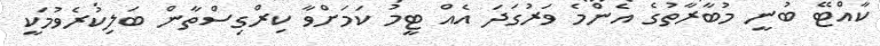
ކާއްޓޭ ބުނީ މުބާރާތުގެ އެންމެ ވަރުގަދަ އެއް ޓީމު ކަމަށްވާ ކިރްގިސްތާން ބަލިކުރެވުމަކީ